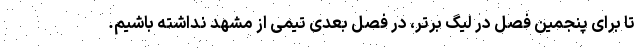
تا برای پنجمین فصل در لیگ برتر، در فصل بعدی تیمی از مشهد نداشته باشیم.